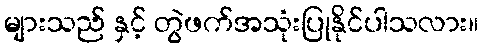
များသည် နှင့် တွဲဖက်အသုံးပြုနိုင်ပါသလား။